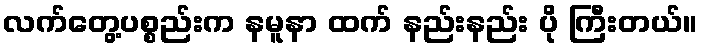
လက်တွေ့ပစ္စည်းက နမူနာ ထက် နည်းနည်း ပို ကြီးတယ်။